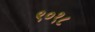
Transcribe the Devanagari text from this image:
९०१८